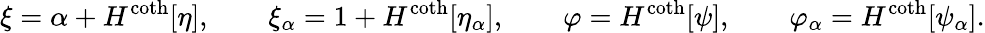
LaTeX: \xi=\alpha+H^{\coth}[\eta],\qquad\xi_{\alpha}=1+H^{\coth}[\eta_{\alpha}],\qquad\varphi=H^{\coth}[\psi],\qquad\varphi_{\alpha}=H^{\coth}[\psi_{\alpha}].